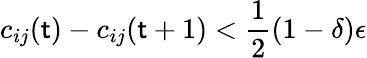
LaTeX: c_{ij}(\mathsf{t})-c_{ij}(\mathsf{t}+1)<\frac{{1}}{{2}}(1-\delta)\epsilon